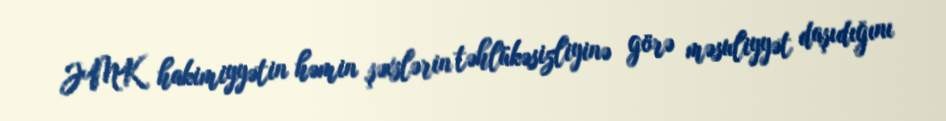
JMK hakimiyyətin həmin şəxslərin təhlükəsizliyinə görə məsuliyyət daşıdığını